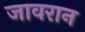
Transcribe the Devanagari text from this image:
जावरान